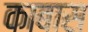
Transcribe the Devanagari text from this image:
काबास